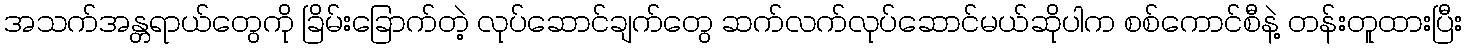
အသက်အန္တရာယ်တွေကို ခြိမ်းခြောက်တဲ့ လုပ်ဆောင်ချက်တွေ ဆက်လက်လုပ်ဆောင်မယ်ဆိုပါက စစ်ကောင်စီနဲ့ တန်းတူထားပြီး